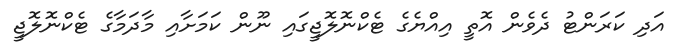
އަދި ކަރަންޓު ދެވެން އޮތީ އިއްޔެގެ ޓެކްނޮލޮޖީގައި ނޫން ކަމަށާއި މާދަމާގެ ޓެކްނޮލޮޖީ